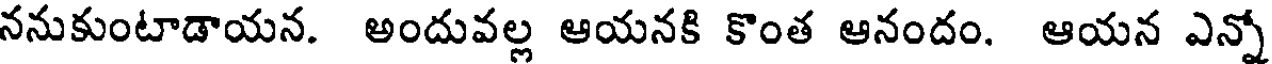
ననుకుంటాడాయన. అందువల్ల ఆయనకి కొంత ఆనందం. ఆయన ఎన్నో